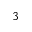
3